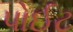
પોઈટ